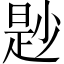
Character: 尟